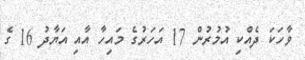
ވާހަކަ ދެއްކި އުމުރުން 17 އަހަރުގެ މައިހާ އާއި އަޔާދު 16 ގެ